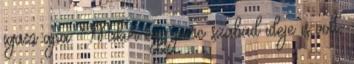
igazi apa. Mikor egy perc szabad ideje is volt,